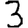
Digit: 3